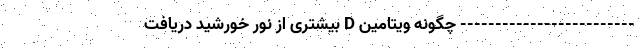
------------------------- چگونه ویتامین D بیشتری از نور خورشید دریافت